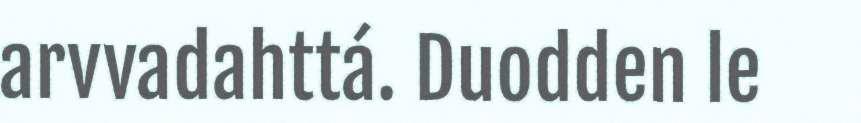
arvvadahttá. Duodden le